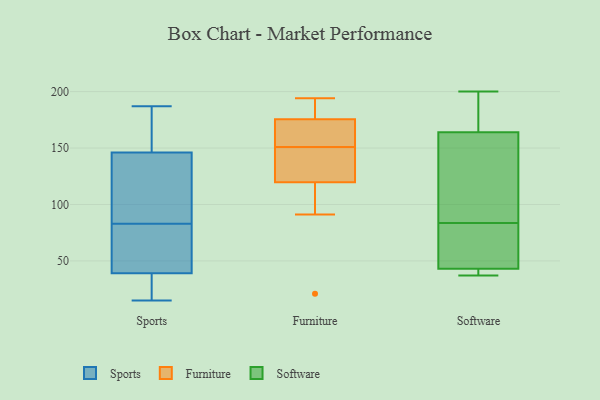
{"axis": {"x": "Market Share (%)", "y": "Value"}, "legend": ["Furniture", "Software", "Sports"], "data": [{"x": "", "y": 166, "type": "Sports"}, {"x": "", "y": 27, "type": "Sports"}, {"x": "", "y": 19, "type": "Sports"}, {"x": "", "y": 44, "type": "Sports"}, {"x": "", "y": 39, "type": "Sports"}, {"x": "", "y": 101, "type": "Sports"}, {"x": "", "y": 146, "type": "Sports"}, {"x": "", "y": 184, "type": "Sports"}, {"x": "", "y": 65, "type": "Sports"}, {"x": "", "y": 102, "type": "Sports"}, {"x": "", "y": 187, "type": "Sports"}, {"x": "", "y": 15, "type": "Sports"}, {"x": "", "y": 56, "type": "Sports"}, {"x": "", "y": 126, "type": "Sports"}, {"x": "", "y": 21, "type": "Furniture"}, {"x": "", "y": 151, "type": "Furniture"}, {"x": "", "y": 148, "type": "Furniture"}, {"x": "", "y": 137, "type": "Furniture"}, {"x": "", "y": 91, "type": "Furniture"}, {"x": "", "y": 187, "type": "Furniture"}, {"x": "", "y": 194, "type": "Furniture"}, {"x": "", "y": 153, "type": "Furniture"}, {"x": "", "y": 159, "type": "Furniture"}, {"x": "", "y": 181, "type": "Furniture"}, {"x": "", "y": 114, "type": "Furniture"}, {"x": "", "y": 190, "type": "Software"}, {"x": "", "y": 42, "type": "Software"}, {"x": "", "y": 62, "type": "Software"}, {"x": "", "y": 164, "type": "Software"}, {"x": "", "y": 200, "type": "Software"}, {"x": "", "y": 43, "type": "Software"}, {"x": "", "y": 37, "type": "Software"}, {"x": "", "y": 105, "type": "Software"}, {"x": "", "y": 48, "type": "Software"}, {"x": "", "y": 164, "type": "Software"}]}